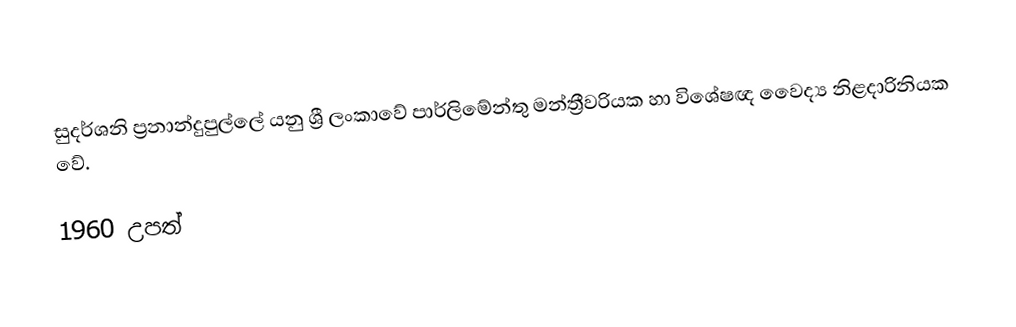
සුදර්ශනි ප්‍රනාන්දුපුල්ලේ යනු ශ්‍රී ලංකාවේ පාර්ලිමේන්තු මන්ත්‍රීවරියක හා විශේෂඥ වෙෙද්‍ය නිළදාරිනියක වේ.

1960 උපත්